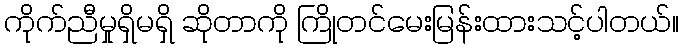
ကိုက်ညီမှုရှိမရှိ ဆိုတာကို ကြိုတင်မေးမြန်းထားသင့်ပါတယ်။